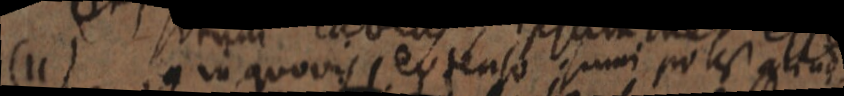
(11) in quovis extenso sumi potest aliud